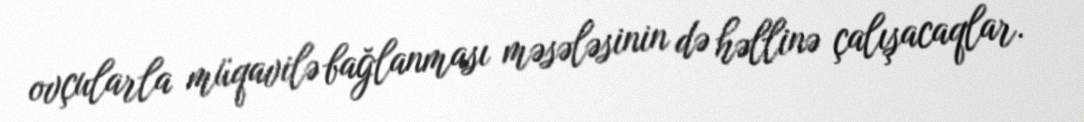
ovçularla müqavilə bağlanması məsələsinin də həllinə çalışacaqlar.